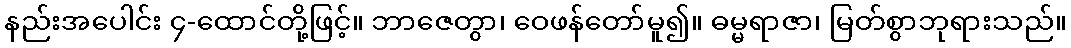
နည်းအပေါင်း ၄-ထောင်တို့ဖြင့်။ ဘာဇေတွာ၊ ဝေဖန်တော်မူ၍။ ဓမ္မရာဇာ၊ မြတ်စွာဘုရားသည်။